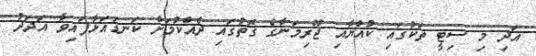
އަދި މި ސިޓީ ތަކުގައި ކުއްޔާއި ޖޫރިމަނާގެ ގޮތުގައި ދެއްކުމަށް ކަނޑައަޅާފައިވާ އަދަދު